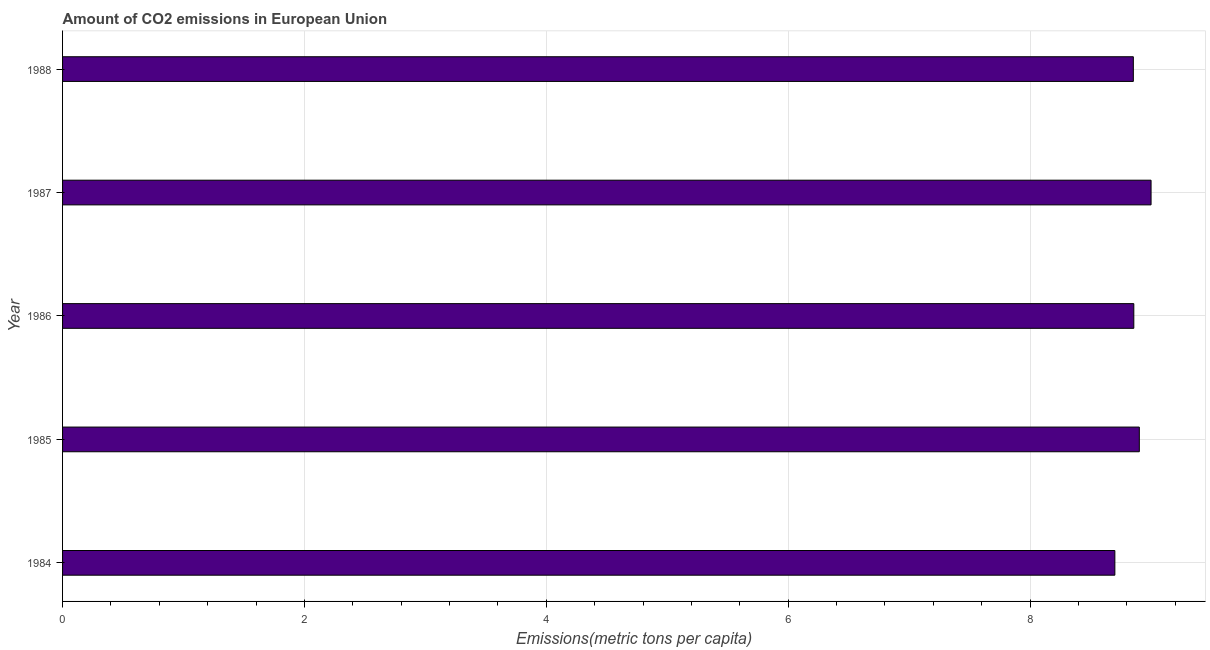
| Year | CO2 emissions |
 | --- | --- |
 | 1984 | 8.7 |
 | 1985 | 8.9 |
 | 1986 | 8.86 |
 | 1987 | 9 |
 | 1988 | 8.85 |